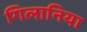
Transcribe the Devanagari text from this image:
गिलानिया